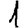
Digit: 1